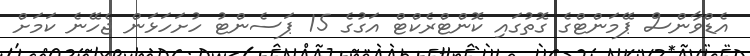
އެޑްވާންސް ޕޭމަންޓްގެ ގޮތުގައި ކޮންޓްރެކްޓް އަގުގެ 15 ޕަސެންޓު ހުށަހަޅަން ޖެހޭނެ ކަމަށް